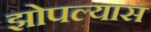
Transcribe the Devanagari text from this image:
झोपल्यास